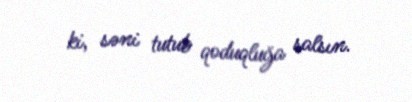
ki, səni tutub qoduqluğa salsın.